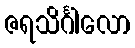
ဇရသိင်္ဂါလော